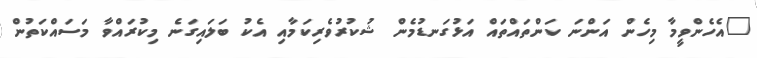
"އެހެންވީމާ މިހެން އަންނަ ކަންތައްތައް އަޅުގަނޑުމެން ޝުކުރުވެރިކަމާއި އެކު ބަލައިގަނެ މިކުރައްވާ މަސައްކަތުން